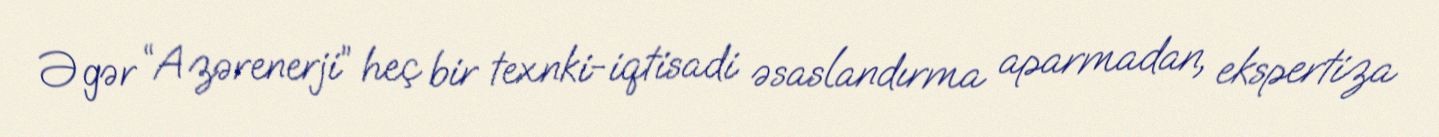
Əgər “Azərenerji” heç bir texnki-iqtisadi əsaslandırma aparmadan, ekspertiza